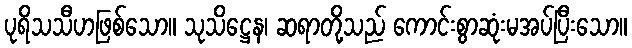
ပုရိသသီဟဖြစ်သော။ သုသိဋ္ဌေန၊ ဆရာတို့သည် ကောင်းစွာဆုံးမအပ်ပြီးသော။